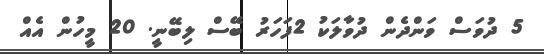
5 ދުވަސް ވަންދެން ދުވާލަކު 2ފަހަރު ބޭސް ލިބޭނީ. 20 މީހުން އެއް